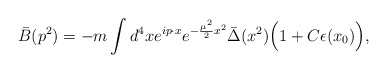
\begin{align*}\bar B(p^2)=-m\int d^4xe^{ip\cdot x}e^{-{\mu^2\over 2} x^2}\bar\Delta(x^2)\Big(1+C\epsilon(x_0)\Big) ,\end{align*}